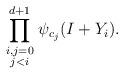
LaTeX: \begin{align*}\prod_{\begin{smallmatrix}i,j=0\\j<i\end{smallmatrix}}^{d+1} \psi_{c_j}(I+Y_i).\end{align*}